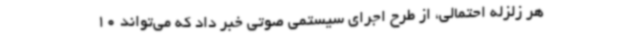
هر زلزله احتمالی، از طرح اجرای سیستمی صوتی خبر داد که می‌تواند 10